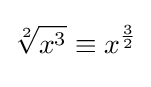
{\overset {}{\underset {}{{\sqrt[{2}]{x^{3}}}\equiv x^{\frac {3}{2}}}}}